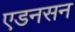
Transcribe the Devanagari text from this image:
एडनसन